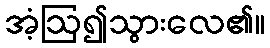
အံ့ဩ၍သွားလေ၏။